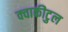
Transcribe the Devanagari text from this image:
क्वाकीटुल